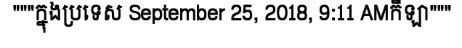
"""ក្នុងប្រទេស September 25, 2018, 9:11 AMកីឡា"""